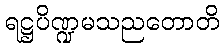
ရဋ္ဌပိဏ္ဍမသညတောတိ